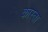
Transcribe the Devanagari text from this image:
कास्ता